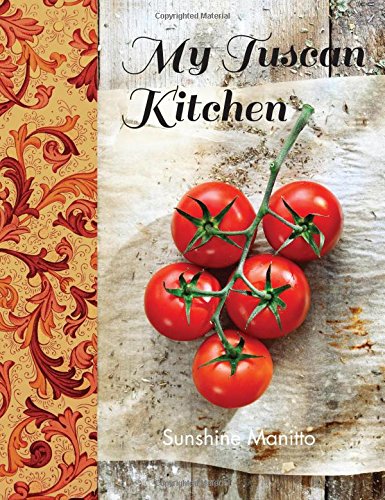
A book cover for My Tuscan Kitchen; Sunshine Manitto; Cookbooks, Food & Wine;